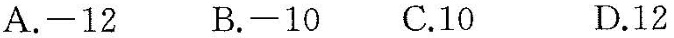
A.-12 B.-10 C.10 D.12